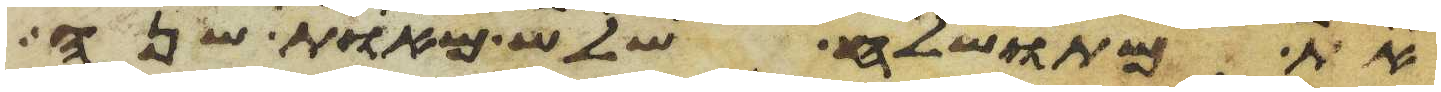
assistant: את מתושלח שלש מאות שנה